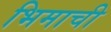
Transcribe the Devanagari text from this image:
भिमाची